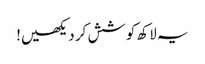
یہ لاکھ کوشش کر دیکھیں!